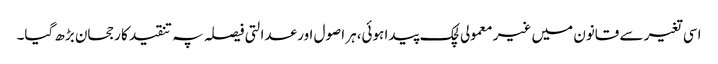
اسی تغیر سے قانون میں غیر معمولی لچک پیدا ہوئی،ہر اصول اور عدالتی فیصلہ پہ تنقید کا رجحان بڑھ گیا۔